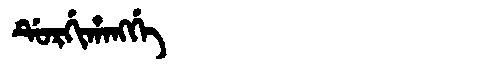
Manchu: ᡩᡠᡵᡤᡳᡥᠠᠩᡤᡝ
Romanization: DURGIHANGGE